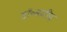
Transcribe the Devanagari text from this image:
डॉ॰मजीद